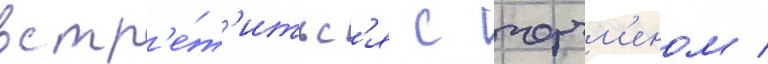
встр'е́т'итьс'я с черчм'еном /